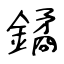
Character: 鐍